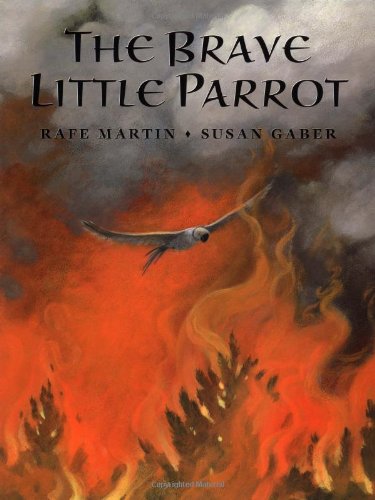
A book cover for The Brave Little Parrot; Rafe Martin; Children's Books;